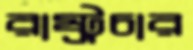
রাষ্ট্রচার